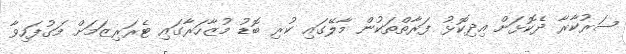
ސަރުކާރާ ދެކޮޅަށް އިދިކޮޅު ފަރާތްތަކުން މާލޭގައި ކުރި ބޮޑު މުޒާހަރާގައި ޓެރަރިޒަމަށް މަގުފަހިވާ